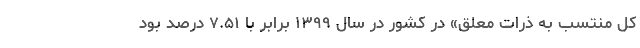
کل منتسب به ذرات معلق» در کشور در سال ۱۳۹۹ برابر با ۷.۵۱ درصد بود